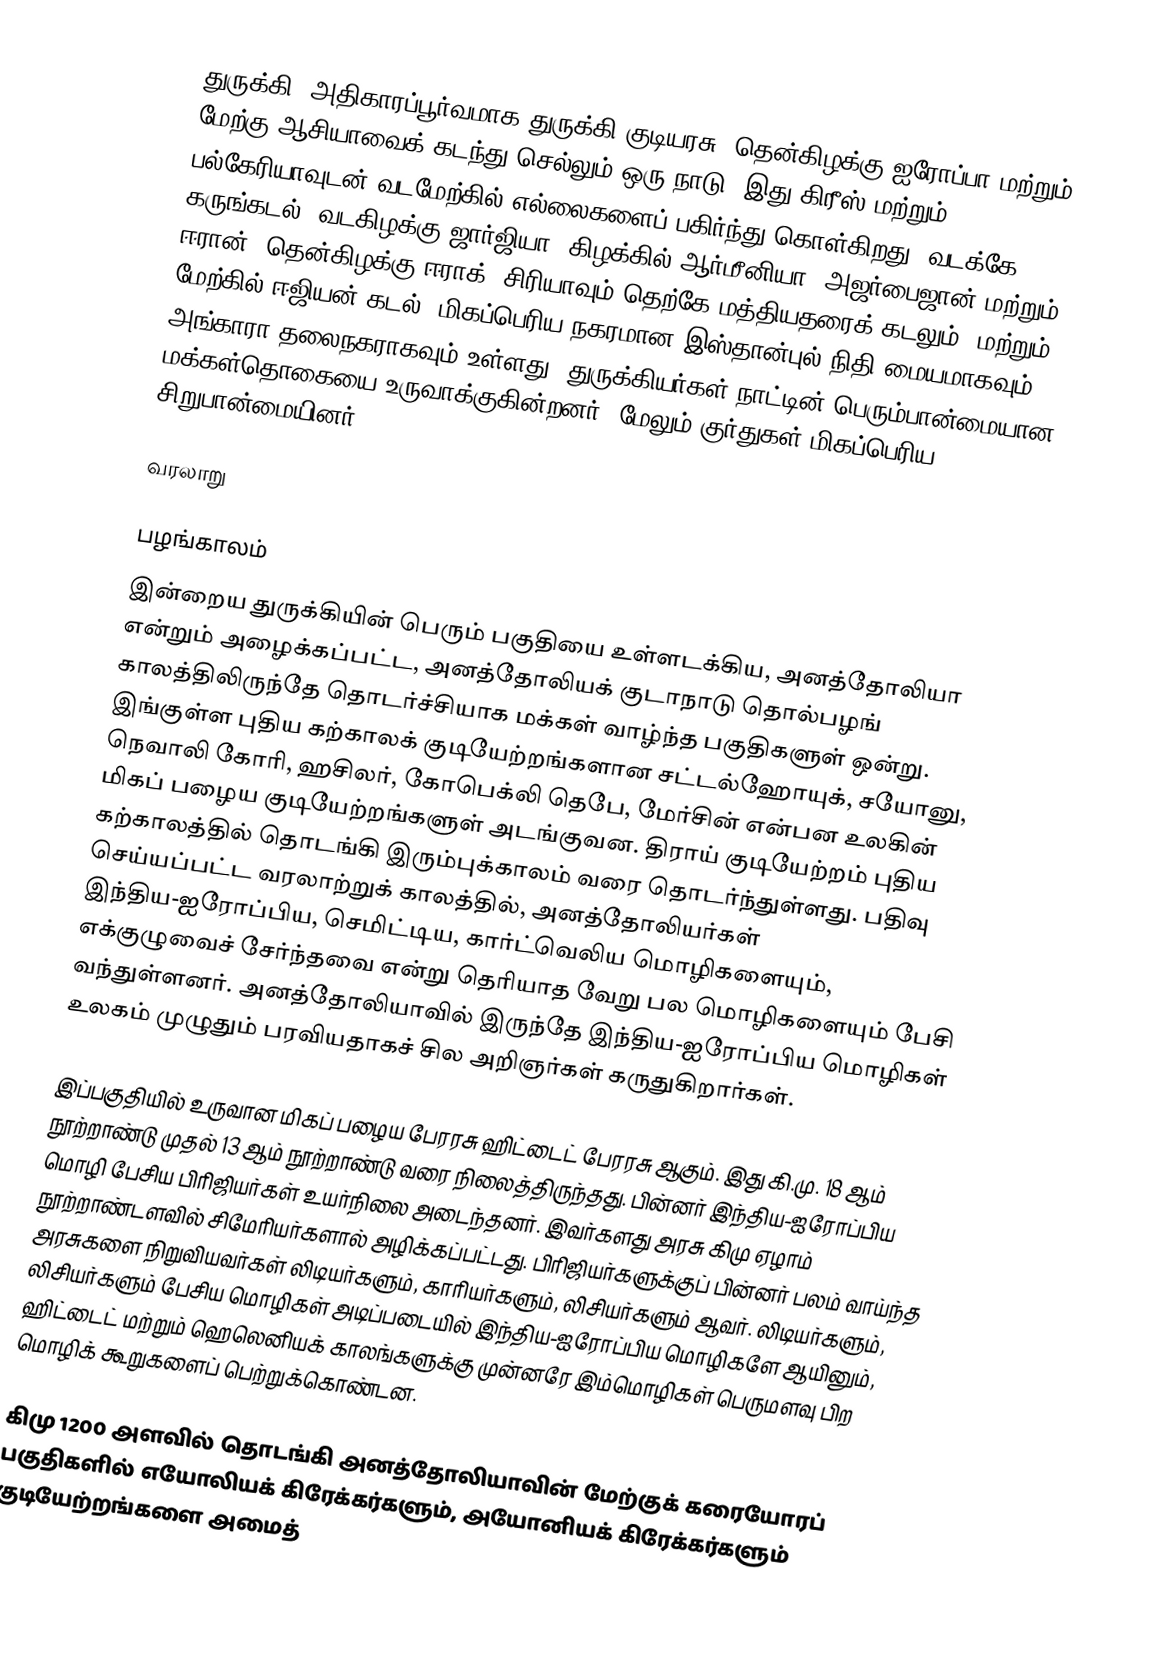
துருக்கி ,அதிகாரப்பூர்வமாக  துருக்கி குடியரசு, தென்கிழக்கு ஐரோப்பா மற்றும் மேற்கு ஆசியாவைக் கடந்து செல்லும் ஒரு நாடு.  இது கிரீஸ் மற்றும் பல்கேரியாவுடன் வடமேற்கில் எல்லைகளைப் பகிர்ந்து கொள்கிறது;  வடக்கே கருங்கடல்;  வடகிழக்கு ஜார்ஜியா;  கிழக்கில் ஆர்மீனியா, அஜர்பைஜான் மற்றும் ஈரான்;  தென்கிழக்கு ஈராக்;  சிரியாவும் தெற்கே மத்தியதரைக் கடலும்;  மற்றும் மேற்கில் ஈஜியன் கடல்.  மிகப்பெரிய நகரமான இஸ்தான்புல் நிதி மையமாகவும், அங்காரா தலைநகராகவும் உள்ளது.  துருக்கியர்கள் நாட்டின் பெரும்பான்மையான மக்கள்தொகையை உருவாக்குகின்றனர், மேலும் குர்துகள் மிகப்பெரிய சிறுபான்மையினர்.

வரலாறு

பழங்காலம்
இன்றைய துருக்கியின் பெரும் பகுதியை உள்ளடக்கிய, அனத்தோலியா என்றும் அழைக்கப்பட்ட, அனத்தோலியக் குடாநாடு தொல்பழங் காலத்திலிருந்தே தொடர்ச்சியாக மக்கள் வாழ்ந்த பகுதிகளுள் ஒன்று. இங்குள்ள புதிய கற்காலக் குடியேற்றங்களான சட்டல்ஹோயுக், சயோனு, நெவாலி கோரி, ஹசிலர், கோபெக்லி தெபே, மேர்சின் என்பன உலகின் மிகப் பழைய குடியேற்றங்களுள் அடங்குவன. திராய்  குடியேற்றம் புதிய கற்காலத்தில் தொடங்கி இரும்புக்காலம் வரை தொடர்ந்துள்ளது. பதிவு செய்யப்பட்ட வரலாற்றுக் காலத்தில், அனத்தோலியர்கள் இந்திய-ஐரோப்பிய, செமிட்டிய, கார்ட்வெலிய மொழிகளையும், எக்குழுவைச் சேர்ந்தவை என்று தெரியாத வேறு பல மொழிகளையும் பேசி வந்துள்ளனர். அனத்தோலியாவில் இருந்தே இந்திய-ஐரோப்பிய மொழிகள் உலகம் முழுதும் பரவியதாகச் சில அறிஞர்கள் கருதுகிறார்கள்.

இப்பகுதியில் உருவான மிகப் பழைய பேரரசு ஹிட்டைட் பேரரசு ஆகும். இது கி.மு. 18 ஆம் நூற்றாண்டு முதல் 13 ஆம் நூற்றாண்டு வரை நிலைத்திருந்தது. பின்னர் இந்திய-ஐரோப்பிய மொழி பேசிய பிரிஜியர்கள் உயர்நிலை அடைந்தனர். இவர்களது அரசு கிமு ஏழாம் நூற்றாண்டளவில் சிமேரியர்களால் அழிக்கப்பட்டது. பிரிஜியர்களுக்குப் பின்னர் பலம் வாய்ந்த அரசுகளை நிறுவியவர்கள் லிடியர்களும், காரியர்களும், லிசியர்களும் ஆவர். லிடியர்களும், லிசியர்களும் பேசிய மொழிகள் அடிப்படையில் இந்திய-ஐரோப்பிய மொழிகளே ஆயினும், ஹிட்டைட் மற்றும் ஹெலெனியக் காலங்களுக்கு முன்னரே இம்மொழிகள் பெருமளவு பிற மொழிக் கூறுகளைப் பெற்றுக்கொண்டன.

கிமு 1200 அளவில் தொடங்கி அனத்தோலியாவின் மேற்குக் கரையோரப் பகுதிகளில் எயோலியக் கிரேக்கர்களும், அயோனியக் கிரேக்கர்களும் குடியேற்றங்களை அமைத்